Civil Veterinary Dept. Assam report 1927-50 - 1927-1950
Year: 1927
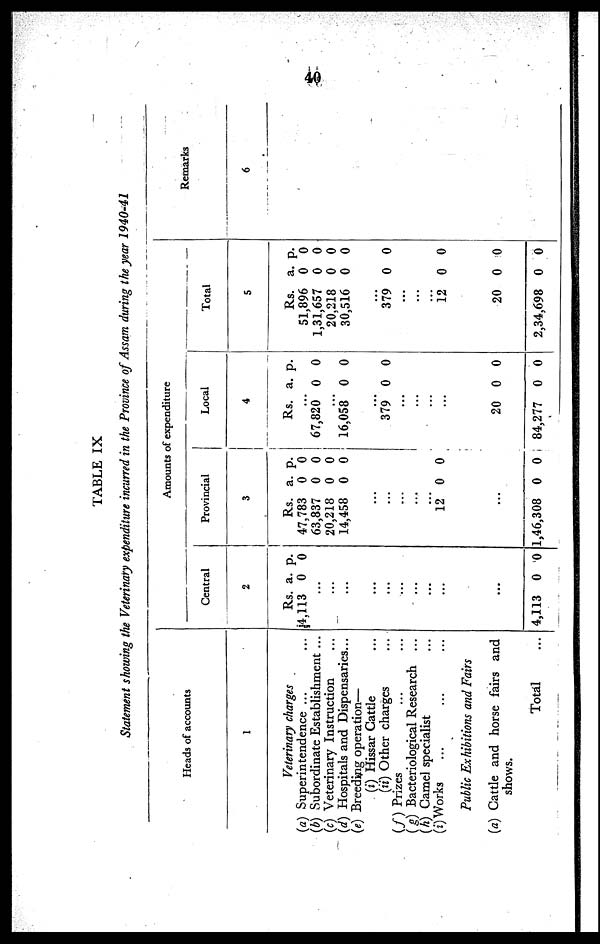
40
TABLE IX
Statement showing the Veterinary expenditure incurred in the Province of Assam during the year
1940-41
Heads of accounts
1
Veterinary charges
(a) Superintendence ...
(b) Subordinate Establishment ...
(c) Veterinary Instruction ...
(d) Hospitals and Dispensaries...
(e) Breeding operation—
(i) Hissar Cattle ...
(ii) Other charges ...
(f)
Prizes ... ...
(g) Bacteriological Research
...
(h) Camel specialist ...
(i) Works ... ... ...
Public Exhibitions
and Fairs
(a) Cattle and horse fairs and
shows.
Total ...
A
mo
unts of expenditu
re
Cen
tral
2
Rs.
4,113
...
...
...
..
...
...
...
...
...
...
...
4,113
a.
0
0
p.
0
0
Provin
cial
3
Rs.
47,783
63,837
20,218
14,458
..
...
...
...
...
...
12
...
1,46,308
a.
0
0
0
0
0
0
p.
0
0
0
0
0
0
Loc
al
4
Rs.
...
67,820
...
16,058
..
...
379
...
...
...
...
20
84,277
a.
0
0
0
0
0
p.
0
0
0
0
0
Total
5
Rs.
51,896
1,31,657
20,218
30,516
..
...
379
...
...
...
12
20
2,34,698
a.
0
0
0
0
0
0
0
0
p.
0
0
0
0
0
0
0
0
Remarks
6